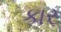
કાર